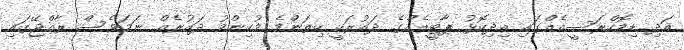
އަދި ޑިމޮކްރަސީއެއްގައި އިދިކޮޅު ޕާޓީއެއްގެ ދައުރަކީ ކިތަންމެ މުހިންމު ދައުރެއް ނަމަވެސް ރާއްޖޭގައި